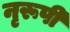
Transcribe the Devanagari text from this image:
नृरूपी